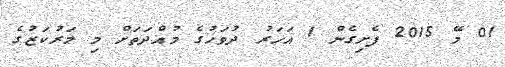
01 މޭ 2015 ފެށިގެން 1 އަހަރު ދުވަހުގެ މުއްދަތަށް މި މަރުކަޒުގެ